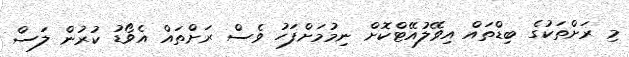
މި ރަށްތަކުގެ ބިޑްތައް އިވޭލުއޭޓްކޮށް ނިމުމަށްފަހު ވެސް ރަށްތައް އެވޯޑު ކުރުން ލަސް